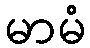
မာမံ